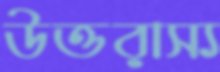
উত্তরাস্য